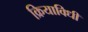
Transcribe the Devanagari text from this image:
क्रियाविधी